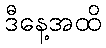
ဒီနေ့အထိ